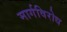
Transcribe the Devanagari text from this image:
मार्गविरोध